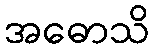
အဓောသိ